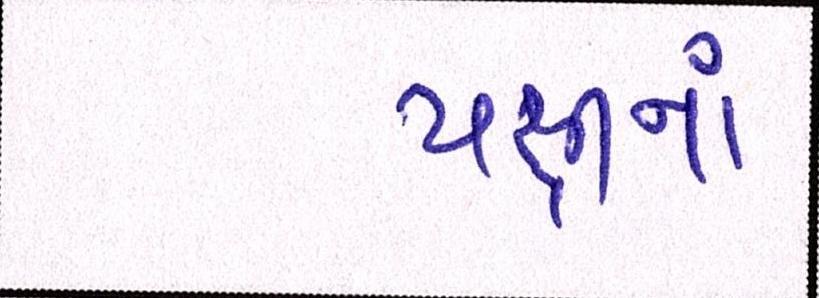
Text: પક્ષીનાં